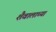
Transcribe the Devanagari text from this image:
शैवालाच्या